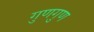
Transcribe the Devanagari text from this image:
गुणगुण